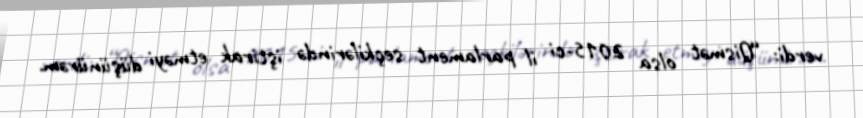
verdi: “Qismət olsa 2015-ci il parlament seçkilərində iştirak etməyi düşünürəm.